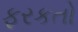
ફરકતો